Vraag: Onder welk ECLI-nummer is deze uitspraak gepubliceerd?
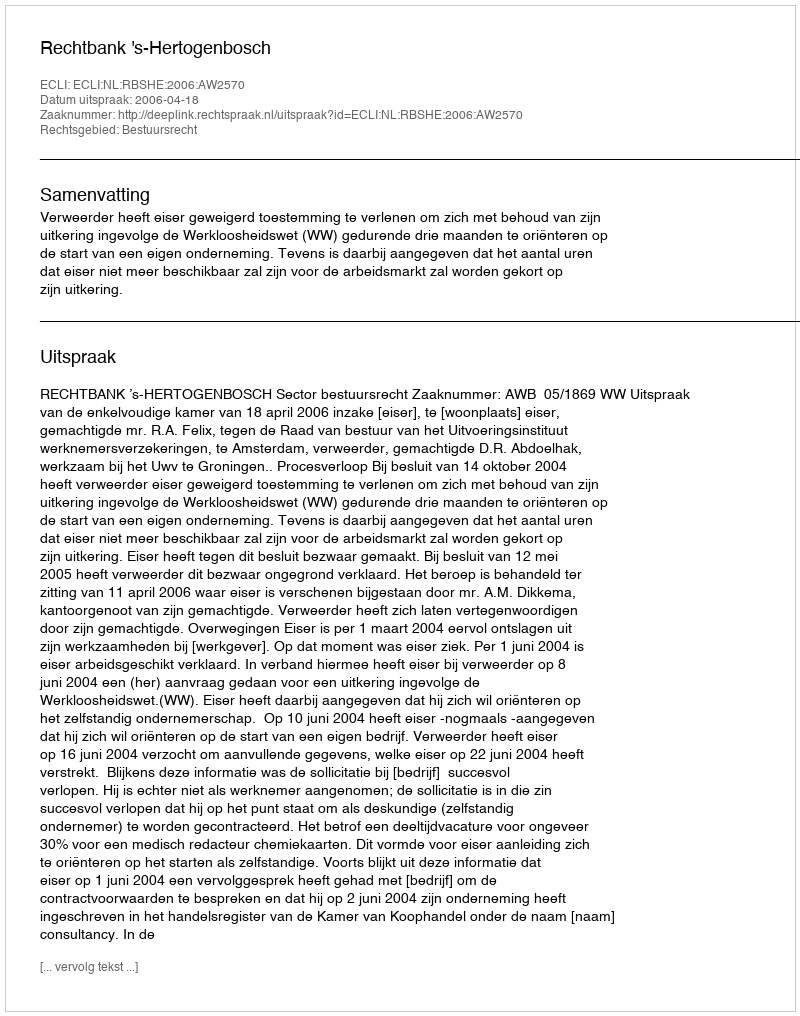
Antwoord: ECLI:NL:RBSHE:2006:AW2570